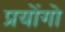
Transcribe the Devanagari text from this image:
प्रयोंगो